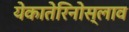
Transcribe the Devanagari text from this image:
येकातेरिनोस्लाव